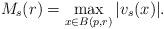
LaTeX: \begin{align*}M_s(r) = \max\limits_{x\in B(p, r)}|v_s(x)|.\end{align*}